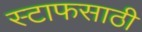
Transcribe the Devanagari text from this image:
स्टाफसाठी